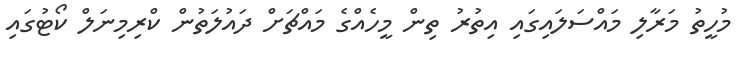
މުހީތު މަރާލި މައްސަލައިގައި އިތުރު ތިން މީހެއްގެ މައްޗަށް ދައުލަތުން ކްރިމިނަލް ކޯޓުގައި